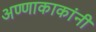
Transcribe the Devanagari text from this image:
अण्णाकाकांनी